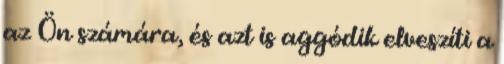
az Ön számára, és azt is aggódik elveszíti a